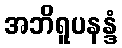
အဘိရူပနန္ဒံ